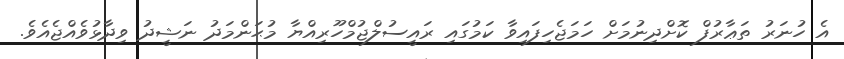
އެ ހުނަރު ތަޢާރުފް ކޮށްދިނުމަށް ހަމަޖެހިފައިވާ ކަމުގައި ރައީސުލްޖުމްހޫރިއްޔާ މުޙަންމަދު ނަޝީދު ވިދާޅުވެއްޖެއެވެ.